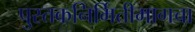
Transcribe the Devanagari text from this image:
पुस्तकनिर्मितीमागचा